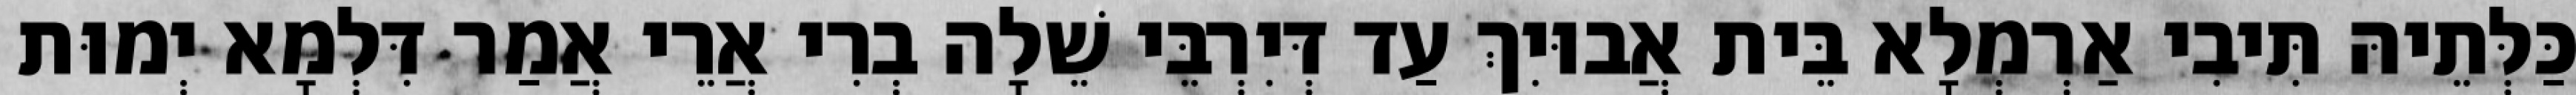
כַּלְּתֵיהּ תִּיבִי אַרְמְלָא בֵּית אֲבוּיִךְ עַד דְּיִרְבֵּי שֵׁלָה בְרִי אֲרֵי אֲמַר דִּלְמָא יְמוּת